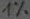
Text: 1%